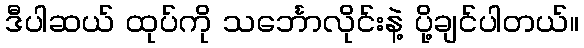
ဒီပါဆယ် ထုပ်ကို သင်္ဘောလိုင်းနဲ့ ပို့ချင်ပါတယ်။